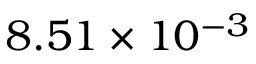
8 . 5 1 \times 1 0 ^ { - 3 }